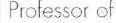
Professor of